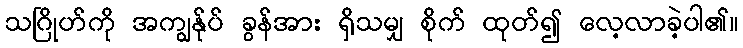
သဂြိုဟ်ကို အကျွန်ုပ် ခွန်အား ရှိသမျှ စိုက် ထုတ်၍ လေ့လာခဲ့ပါ၏။